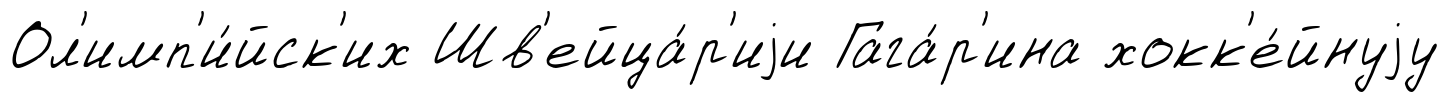
Ол'имп'и́йск'их Шв'ейца́р'иjи Гага́р'ина хокк'е́йнуjу